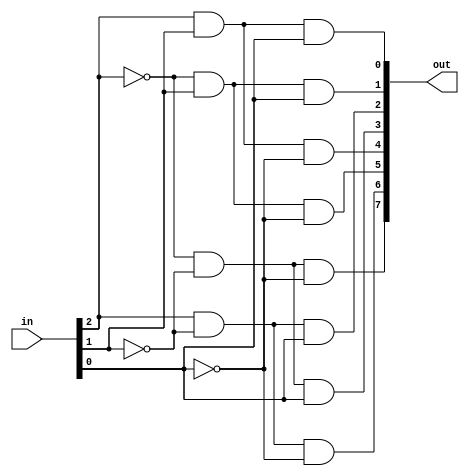
`timescale 1ns/1ps

module decoder(in, out);
	input [0:2] in;
	output [0:7] out;
	wire n1, n2, n3;
	
	not (n1, in[0]);
	not (n2, in[1]);
	not (n3, in[2]);
	
	and (out[0], n1, n2, n3);
	and (out[1], in[0], n2, n3);
	and (out[2], n1, in[1], n3);
	and (out[3], in[0], in[1], n3);
	and (out[4], n1, n2, in[2]);
	and (out[5], in[0], n2, in[2]);
	and (out[6], n1, in[1], in[2]);
	and (out[7], in[0], in[1], in[2]);
endmodule